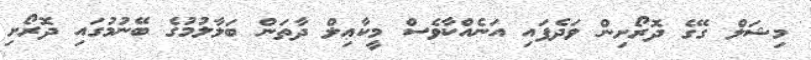
މިޝަލް ގޭގެ ދޮރޯށިން ވަދެފައި އަނެއްކާވެސް މީކާޢިލް ދާތަން ބަލާލުމުގެ ބޭނުމުގައި ދޮރޯށި